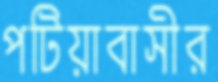
পটিয়াবাসীর